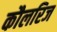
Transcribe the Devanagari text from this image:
कौलरिज